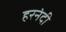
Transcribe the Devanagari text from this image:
हरनंदी